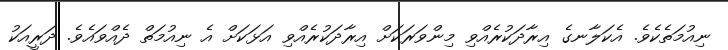
ނިއުމަތެކެވެ. އެކަލާނގެ އިރާދަކުރެއްވި މިންވަރަކަށް އިރާދަކުރެއްވި އަޅަކަށް އެ ނިއުމަތް ދެއްވައެވެ. ދަރީއަކު